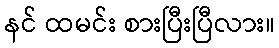
နင် ထမင်း စားပြီးပြီလား။